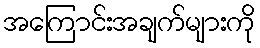
အကြောင်းအချက်များကို